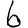
Digit: 6